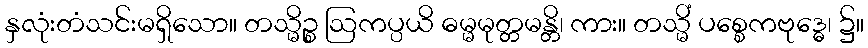
နှလုံးတံသင်းမရှိသော။ တသ္မိဉ္စ ဩကပ္ပယိ ဓမ္မမုတ္တမန္တိ၊ ကား။ တသ္မိံ ပစ္စေကဗုဒ္ဓေ၊ ၌။